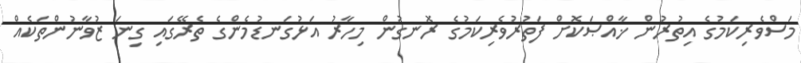
މަސްވެރިކަމުގެ އިތުރުން ޚާއްޞަކޮށް ފަތުރުވެރިކަމުގެ ރޮނގުން މިހާރު އަޅުގަނޑުމެންގެ ތެރޭގައި ގިނަ ޒުވާނުންތަކެއް